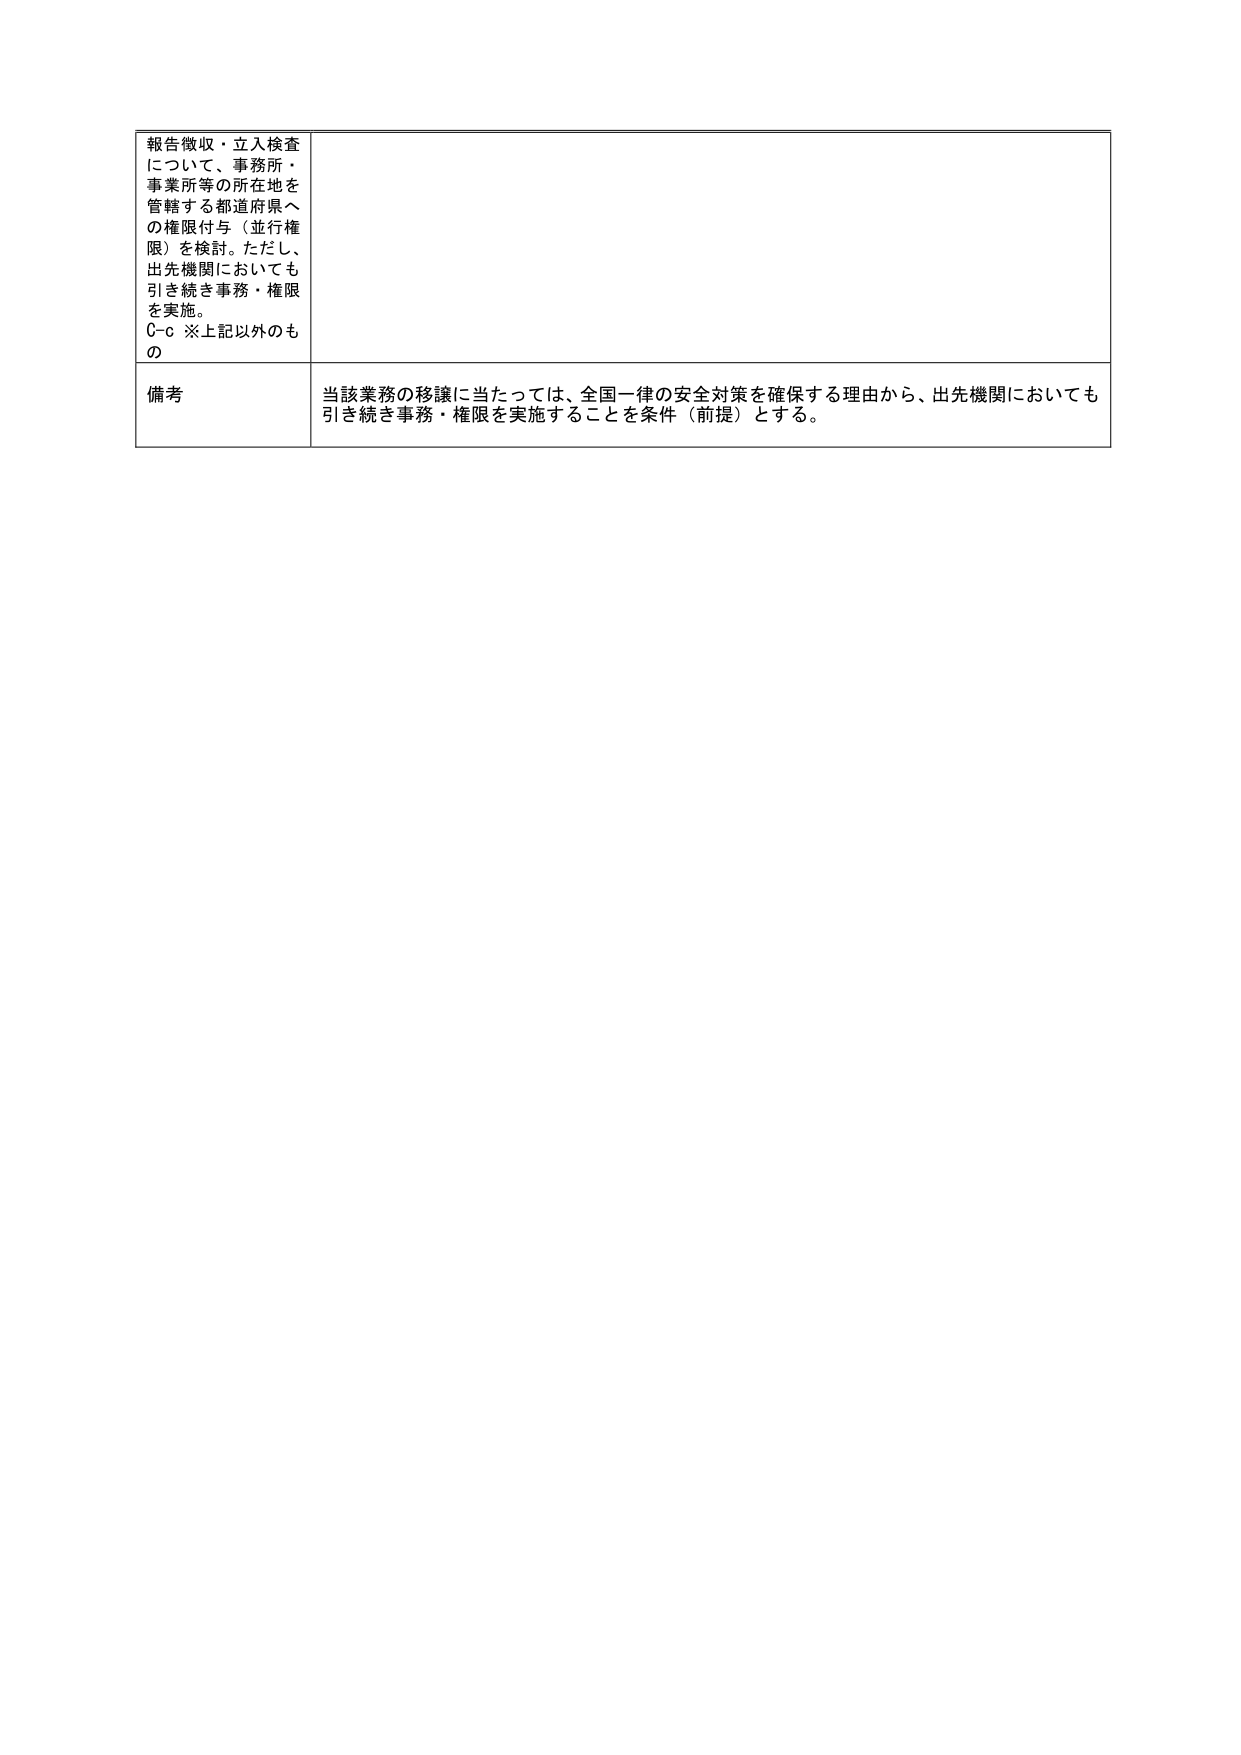
報告徴収・立入検査
について、事務所・
事業所等の所在地を
管轄する都道府県へ
の権限付与（並行権
限）を検討。ただし、
出先機関においても
引き続き事務・権限
を実施。
C-c ※上記以外のも
の

備考
当該業務の移譲に当たっては、全国一律の安全対策を確保する理由から、出先機関においても
引き続き事務・権限を実施することを条件（前提）とする。